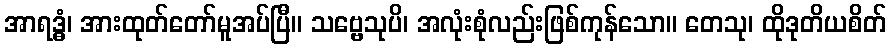
အာရဒ္ဓံ၊ အားထုတ်တော်မူအပ်ပြီ။ သဗ္ဗေသုပိ၊ အလုံးစုံလည်းဖြစ်ကုန်သော။ တေသု၊ ထိုဒုတိယစိတ်